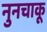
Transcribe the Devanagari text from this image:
नुनचाकू